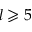
l \geqslant 5